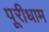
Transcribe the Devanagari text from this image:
पूरीधाम